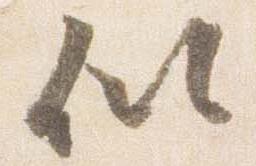
似